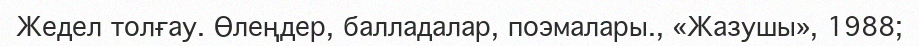
Жедел толғау. Өлеңдер, балладалар, поэмалары., «Жазушы», 1988;